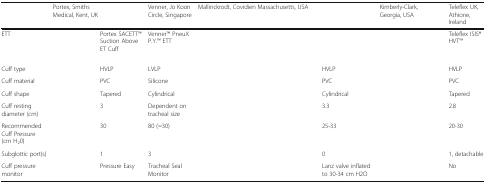
<table><thead><tr><td>[EMPTY_CELL]</td><td colspan="2"><b>Portex, Smiths Medical, Kent, UK</b></td><td><b>Venner, Jo Koon Circle, Singapore</b></td><td colspan="3"><b>Mallinckrodt, Covidien Massachusetts, USA</b></td><td><b>Kimberly-Clark, Georgia, USA</b></td><td><b>Teleflex UK, Athione, Ireland</b></td></tr></thead><tbody><tr><td>ETT</td><td>[EMPTY_CELL]</td><td>Portex SACETTTM Suction Above ET Cuff</td><td>VennerTM PneuX P.Y.TM ETT</td><td>[EMPTY_CELL]</td><td>[EMPTY_CELL]</td><td>[EMPTY_CELL]</td><td>[EMPTY_CELL]</td><td>Teleflex ISIS® HVTTM</td></tr><tr><td>Cuff type</td><td>[EMPTY_CELL]</td><td>HVLP</td><td>LVLP</td><td>[EMPTY_CELL]</td><td>[EMPTY_CELL]</td><td>HVLP</td><td>[EMPTY_CELL]</td><td>HVLP</td></tr><tr><td>Cuff material</td><td>[EMPTY_CELL]</td><td>PVC</td><td>Silicone</td><td>[EMPTY_CELL]</td><td>[EMPTY_CELL]</td><td>PVC</td><td>[EMPTY_CELL]</td><td>PVC</td></tr><tr><td>Cuff shape</td><td>[EMPTY_CELL]</td><td>Tapered</td><td>Cylindrical</td><td>[EMPTY_CELL]</td><td>[EMPTY_CELL]</td><td>Cylindrical</td><td>[EMPTY_CELL]</td><td>Tapered</td></tr><tr><td>Cuff resting diameter (cm)</td><td>[EMPTY_CELL]</td><td>3</td><td>Dependent on tracheal size</td><td>[EMPTY_CELL]</td><td>[EMPTY_CELL]</td><td>3.3</td><td>[EMPTY_CELL]</td><td>2.8</td></tr><tr><td>Recommended Cuff Pressure(cm H<sub>2</sub>0)</td><td>[EMPTY_CELL]</td><td>30</td><td>80 (=30)</td><td>[EMPTY_CELL]</td><td>[EMPTY_CELL]</td><td>25-33</td><td>[EMPTY_CELL]</td><td>20-30</td></tr><tr><td>Subglottic port(s)</td><td>[EMPTY_CELL]</td><td>1</td><td>3</td><td>[EMPTY_CELL]</td><td>[EMPTY_CELL]</td><td>0</td><td>[EMPTY_CELL]</td><td>1, detachable</td></tr><tr><td>Cuff pressure monitor</td><td>[EMPTY_CELL]</td><td>Pressure Easy</td><td>Tracheal Seal Monitor</td><td>[EMPTY_CELL]</td><td>[EMPTY_CELL]</td><td>Lanz valve inflated to 30-34 cm H2O</td><td>[EMPTY_CELL]</td><td>No</td></tr></tbody></table>